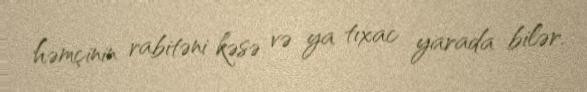
həmçinin rabitəni kəsə və ya tıxac yarada bilər.